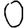
Digit: 0